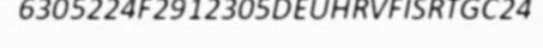
6305224F2912305DEUHRVFISRTGC24